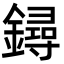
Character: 鐞